Report of the Indian Hemp Drugs Commission, 1894-1895 - Volume V
Year: 1894
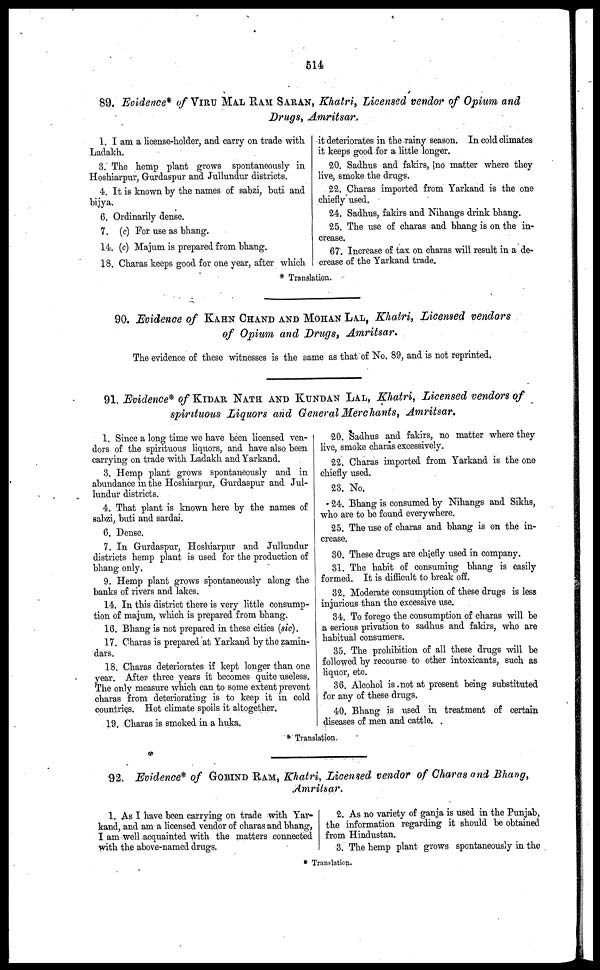
514
89. Evidence* of VIRU MAX RAM SARAN, Khatri, Licensed vendor of Opium and
Drugs, Amritsar.
1. I am a license-holder, and carry on trade with
Ladakh.
3. The hemp plant grows spontaneously in
Hoshiarpur, Gurdaspur and Jullundur districts.
4. It is known by the names of sabzi, buti and
bijya.
6. Ordinarily dense.
7. (c) For use as bhang.
14. (c) Majum is prepared from bhang.
18. Charas keeps good for one year, after which
it deteriorates in the rainy season. In cold climates
it keeps good for a little longer.
20. Sadhus and fakirs, no matter where they
live, smoke the drugs.
22. Charas imported from Yarkand is the one
chiefly used.
24. Sadhus, fakirs and Nihangs drink bhang.
25. The use of charas and bhang is on the in-
crease.
67. Increase of tax on charas will result in a de-
crease of the Yarkand trade.
* Translation.
90. Evidence of KAHN CHAND AND MOHAN LAL , Khatri, Licensed vendors
of Opium and Drugs, Amritsar.
The evidence of these witnesses is the same as that of No. 89, and is not reprinted.
91. Evidence* of KIDAR NATH AND KUNDAN LAL, Khatri, Licensed vendors of
spirituous Liquors and General Merchants, Amritsar.
1. Since a long time we have been licensed ven-
dors of the spirituous liquors, and have also been
carrying on trade with Ladakh and Yarkand.
3. Hemp plant grows spontaneously and in
abundance in the Hoshiarpur, Gurdaspur and Jul-
lundur districts.
4. That plant is known here by the names of
sabzi, buti and sardai.
6. Dense.
7. In Gurdaspur, Hoshiarpur and Jullundur
districts hemp plant is used for the production of
bhang only.
9. Hemp plant grows spontaneously along the
banks of rivers and lakes.
14. In this district there is very little consump-
tion of majum, which is prepared from bhang,
16. Bhang is not prepared in these cities (sic).
17. Charas is prepared at Yarkand by the zamin-
dars.
18. Charas deteriorates if kept longer than one
year. After three years it becomes quite useless.
The only measure which can to some extent prevent
charas from deteriorating is to keep it in cold
countries. Hot climate spoils it altogether.
19. Charas is smoked in a huka.
20. Sadhus and fakirs, no matter where they
live, smoke charas excessively.
22. Charas imported from Yarkand is the one
chiefly used.
23. No.
24. Bhang is consumed by Nihangs and Sikhs,
who are to be found everywhere.
25. The use of charas and bhang is on the in-
crease.
30. These drugs are chiefly used in company.
31. The habit of consuming bhang is easily
formed. It is difficult to break off.
32. Moderate consumption of these drugs is less
injurious than the excessive use.
34. To forego the consumption of charas will be
a serious privation to sadhus and fakirs, who are
habitual consumers.
35. The prohibition of all these drugs will be
followed by recourse to other intoxicants, such as
liquor, etc.
36. Alcohol is not at present being substituted
for any of these drugs.
40. Bhang is used in treatment of certain
diseases of men and cattle.
* Translation.
92. Evidence* of GOBIND RAM, Khatri, Licensed vendor of Charas and Bhang,
Amritsar.
1. As I have been carrying on trade with Yar-
kand, and am a licensed vendor of charas and bhang,
I am well acquainted with the matters connected
with the above-named drugs.
2. As no variety of ganja is used in the Punjab,
the information regarding it should be obtained
from Hindustan.
3. The hemp plant grows spontaneously in the
* Translation.